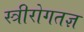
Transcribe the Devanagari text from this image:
स्त्रीरोगतज्ञ